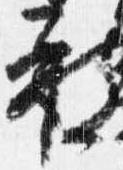
被